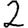
Digit: 2